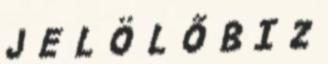
J E L Ö L Ő B I Z